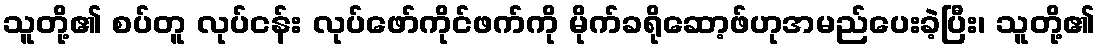
သူတို့၏ စပ်တူ လုပ်ငန်း လုပ်ဖော်ကိုင်ဖက်ကို မိုက်ခရိုဆော့ဖ်ဟုအမည်ပေးခဲ့ပြီး၊ သူတို့၏